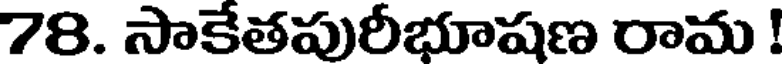
78. సాకేతపురీభూషణ రామ !